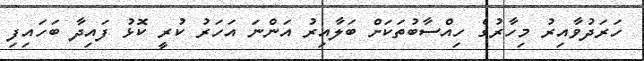
ހަރަދުވާއިރު މިހާރުގެ ހިއްސާބުތަކަށް ބަލާއިރު އަންނަ އަހަރު ކުރީ ކޮޅު ފައިދާ ބަހައިފި